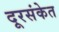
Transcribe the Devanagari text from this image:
दूरसंकेत